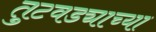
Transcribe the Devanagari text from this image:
तुटवड्याच्या